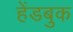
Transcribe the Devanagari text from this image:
हेंडबुक